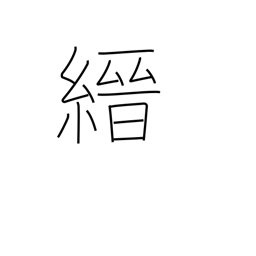
Meaning: thin red cloth